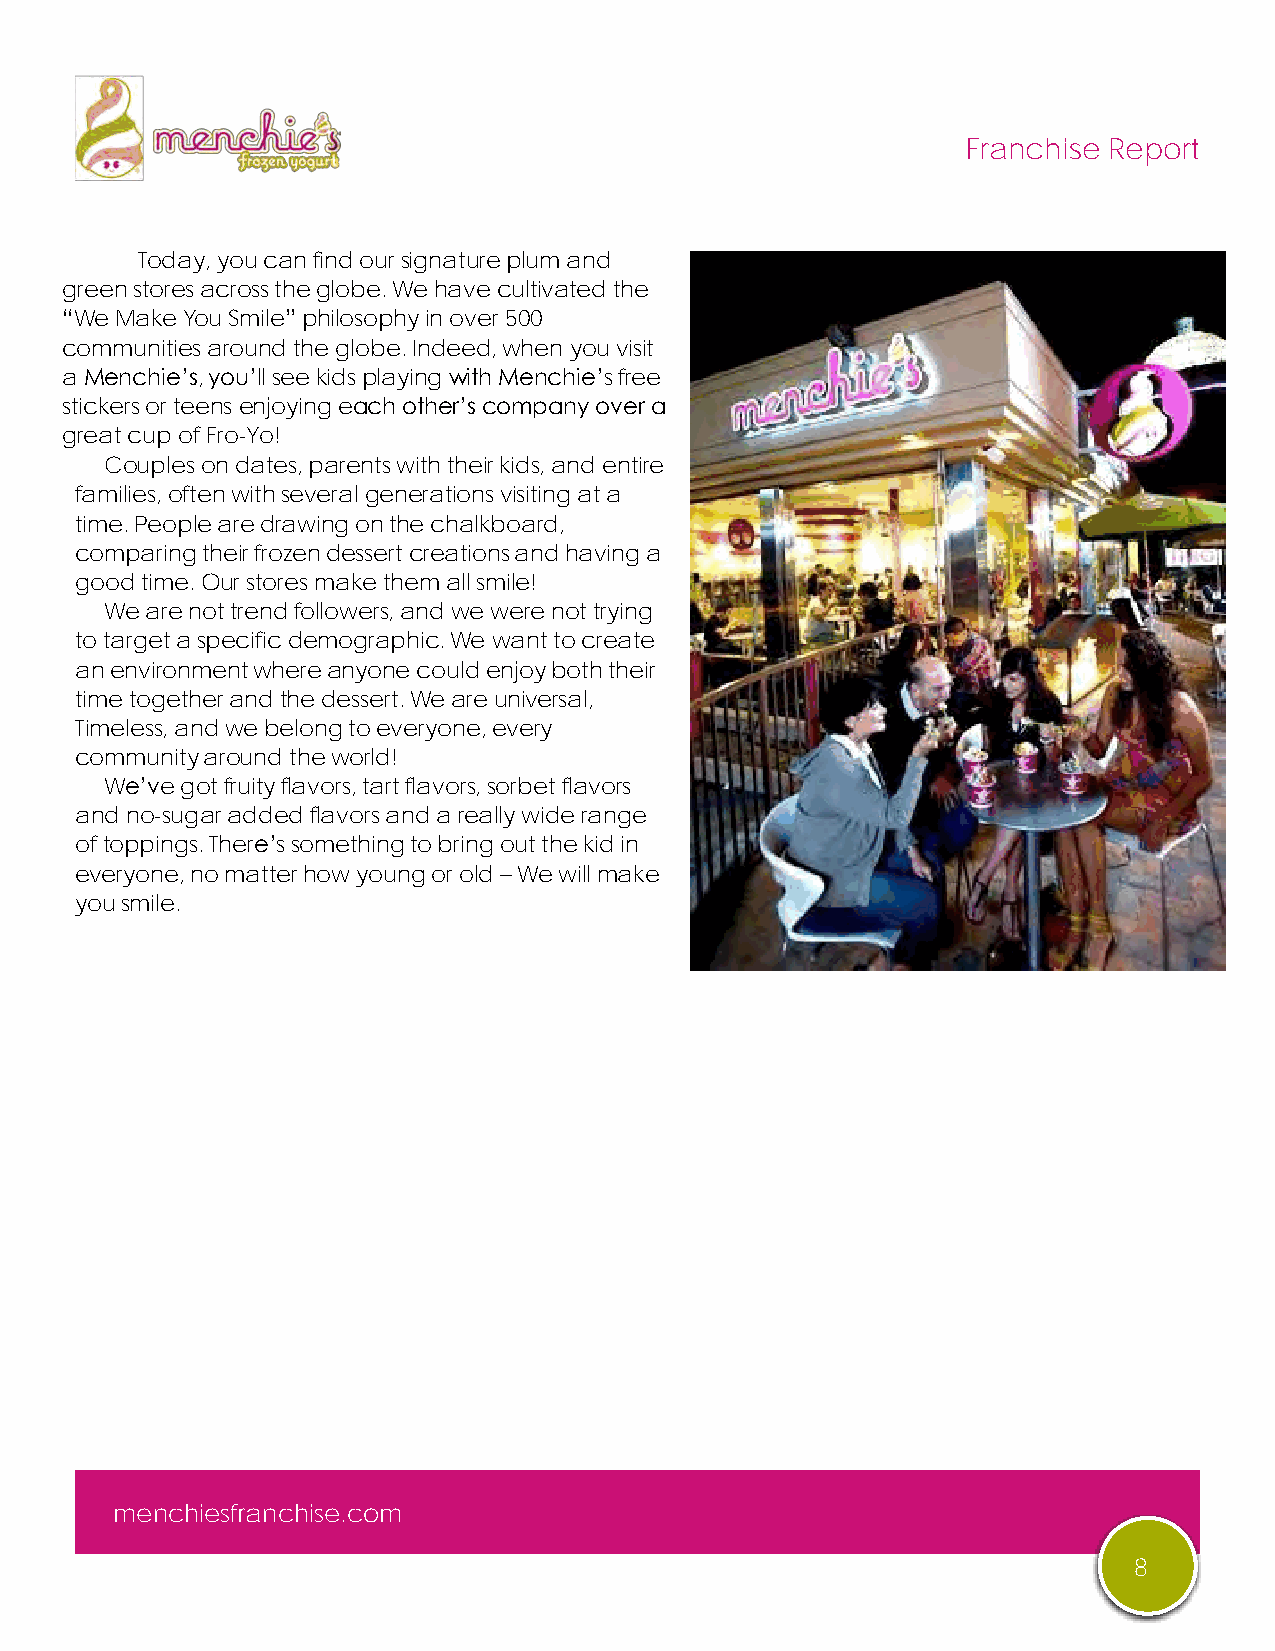
Franchise Report
 Today, you can find our signature plum and
 green stores across the globe. We have cultivated the
 “We Make You Smile” philosophy in over 500
 communities around the globe. Indeed, when you visit
 a Menchie’s, you’ll see kids playing with Menchie’s free
 stickers or teens enjoying each other’s company over a
 great cup of Fro-Yo!
 Couples on dates, parents with their kids, and entire
 families, often with several generations visiting at a
 time. People are drawing on the chalkboard,
 comparing their frozen dessert creations and having a
 good time. Our stores make them all smile!
 We are not trend followers, and we were not trying
 to target a specific demographic. We want to create
 an environment where anyone could enjoy both their
 time together and the dessert. We are universal,
 Timeless, and we belong to everyone, every
 community around the world!
 We’ve got fruity flavors, tart flavors, sorbet flavors
 and no-sugar added flavors and a really wide range
 of toppings. There’s something to bring out the kid in
 everyone, no matter how young or old – We will make
 you smile.
 , Danna Caldwell
 menchiesfranchise.com
 8